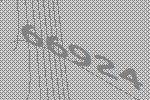
66924